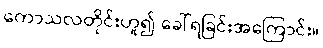
ကောသလတိုင်းဟူ၍ ခေါ်ရခြင်းအကြောင်း။